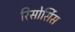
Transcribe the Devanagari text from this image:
रिसोर्सिस